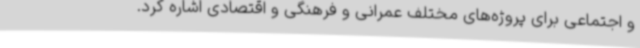
و اجتماعی برای پروژه‌های مختلف عمرانی و فرهنگی و اقتصادی اشاره کرد.